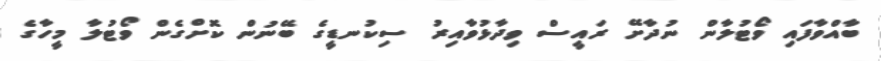
ބާއްވާފައި ވޯޓުލާން ނުދާށޭ ރައީސް ވިދާޅުވާއިރު ސިކުނޑީގެ ބޭނުން ކޮށްގެން ވޯޓުލާ މީހާގެ